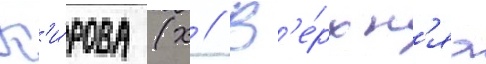
К'и́рова (х // В'е́рхн'яа